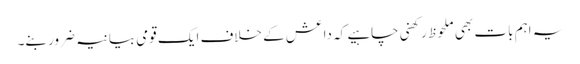
یہ اہم بات بھی ملحوظ رکھنی چاہیے کہ داعش کے خلاف ایک قومی بیانیہ ضرور بنے۔